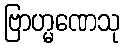
ဗြာဟ္မဏေသု